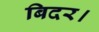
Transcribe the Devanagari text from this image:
बिदर।